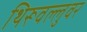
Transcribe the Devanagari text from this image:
थिरूवल्लुवर